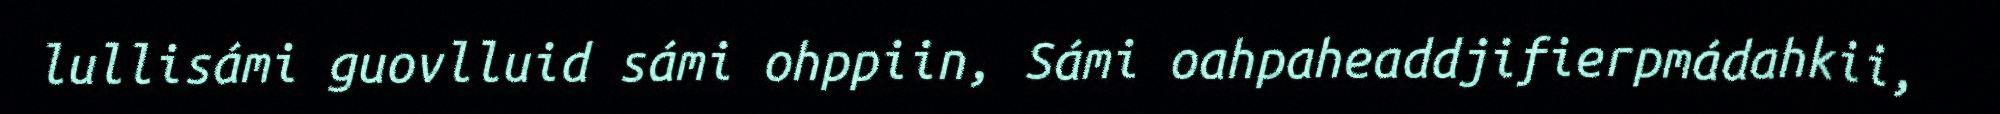
lullisámi guovlluid sámi ohppiin, Sámi oahpaheaddjifierpmádahkii,